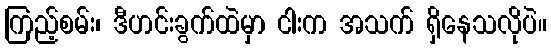
ကြည့်စမ်း၊ ဒီဟင်းခွက်ထဲမှာ ငါးက အသက် ရှိနေသလိုပဲ။